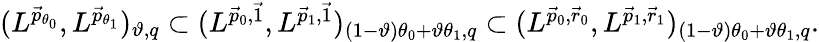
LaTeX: \begin{array}{r}{(L^{\vec{p}_{\theta_{0}}},L^{\vec{p}_{\theta_{1}}})_{\vartheta,q}\subset(L^{\vec{p}_{0},\vec{1}},L^{\vec{p}_{1},\vec{1}})_{(1-\vartheta)\theta_{0}+\vartheta\theta_{1},q}\subset(L^{\vec{p}_{0},\vec{r}_{0}},L^{\vec{p}_{1},\vec{r}_{1}})_{(1-\vartheta)\theta_{0}+\vartheta\theta_{1},q}.}\end{array}